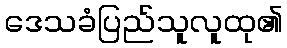
ဒေသခံပြည်သူလူထု၏